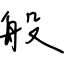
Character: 般